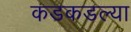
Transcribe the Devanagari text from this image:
कडकडल्या